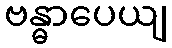
ဗန္ဓာပေယျ